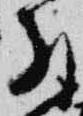
拝